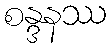
စန္ဒနဿ